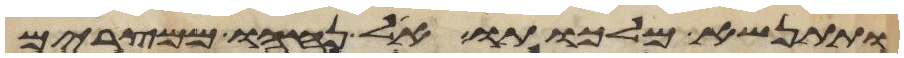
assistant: ותתנשא מלכותו אל נחהו ממצרים